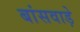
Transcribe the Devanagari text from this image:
बांसवाड़े